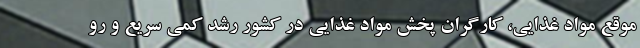
موقع مواد غذایی، کارگران پخش مواد غذایی در کشور رشد کمی سریع و رو